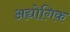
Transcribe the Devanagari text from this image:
अद्योगिक